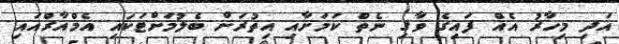
އަދި މިހާރު އެއް ފައިގެ ވާގި ނެތް ކަމަށާއި އިތުރަށް ބެލުމަށްޓަކައި އެމްއާރްއައި